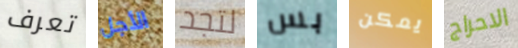
تعرف الأجل لتجد بس يمكن الاحراج